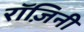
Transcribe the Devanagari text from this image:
रॉज़िनी